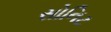
સોનિટ